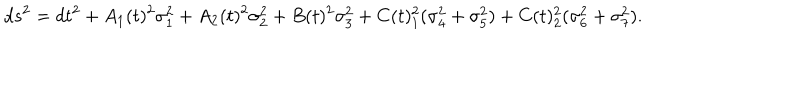
d s ^ { 2 } = d t ^ { 2 } + A _ { 1 } ( t ) ^ { 2 } \sigma _ { 1 } ^ { 2 } + A _ { 2 } ( t ) ^ { 2 } \sigma _ { 2 } ^ { 2 } + B ( t ) ^ { 2 } \sigma _ { 3 } ^ { 2 } + C ( t ) _ { 1 } ^ { 2 } ( \sigma _ { 4 } ^ { 2 } + \sigma _ { 5 } ^ { 2 } ) + C ( t ) _ { 2 } ^ { 2 } ( \sigma _ { 6 } ^ { 2 } + \sigma _ { 7 } ^ { 2 } ) .